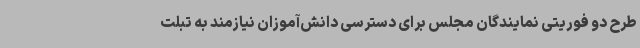
طرح دو فوریتی نمایندگان مجلس برای دسترسی دانش‌آموزان نیازمند به تبلت